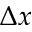
\Delta x